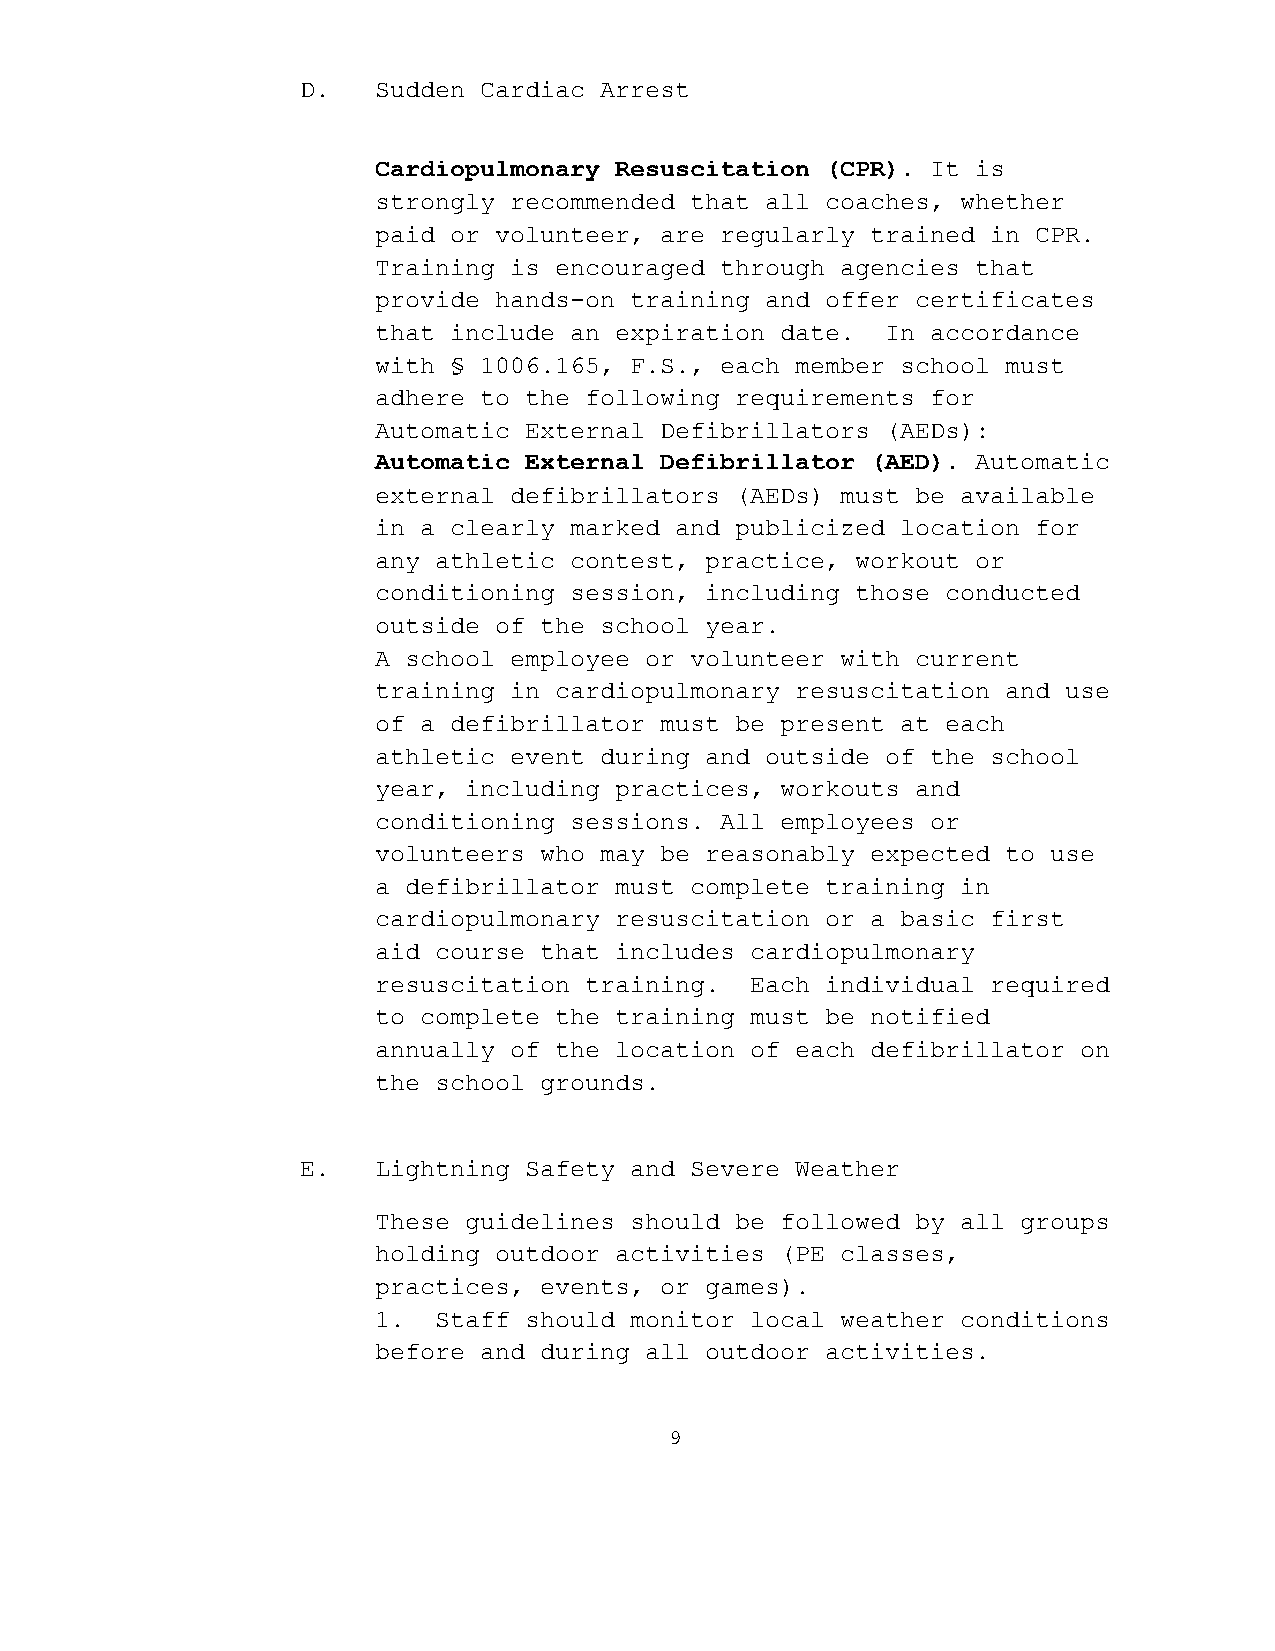
D.   Sudden Cardiac Arrest
 Cardiopulmonary Resuscitation (CPR). It is
 strongly recommended that all coaches, whether
 paid or volunteer, are regularly trained in CPR.
 Training is encouraged through agencies that
 provide hands-on training and offer certificates
 that include an expiration date.  In accordance
 with § 1006.165, F.S., each member school must
 adhere to the following requirements for
 Automatic External Defibrillators (AEDs):
 Automatic External Defibrillator (AED). Automatic
 external defibrillators (AEDs) must be available
 in a clearly marked and publicized location for
 any athletic contest, practice, workout or
 conditioning session, including those conducted
 outside of the school year.
 A school employee or volunteer with current
 training in cardiopulmonary resuscitation and use
 of a defibrillator must be present at each
 athletic event during and outside of the school
 year, including practices, workouts and
 conditioning sessions. All employees or
 volunteers who may be reasonably expected to use
 a defibrillator must complete training in
 cardiopulmonary resuscitation or a basic first
 aid course that includes cardiopulmonary
 resuscitation training.  Each individual required
 to complete the training must be notified
 annually of the location of each defibrillator on
 the school grounds.
 E.   Lightning Safety and Severe Weather
 These guidelines should be followed by all groups
 holding outdoor activities (PE classes,
 practices, events, or games).
 1.  Staff should monitor local weather conditions
 before and during all outdoor activities.
 9